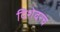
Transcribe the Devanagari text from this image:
दिशेवरच